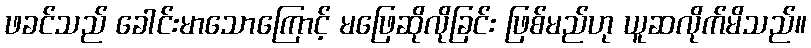
ဖခင်သည် ခေါင်းမာသောကြောင့် မဖြေဆိုလိုခြင်း ဖြစ်မည်ဟု ယူဆလိုက်မိသည်။